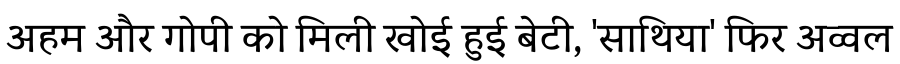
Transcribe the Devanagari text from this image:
अहम और गोपी को मिली खोई हुई बेटी, 'साथिया' फिर अव्वल